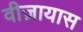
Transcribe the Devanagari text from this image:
वीज़ायास